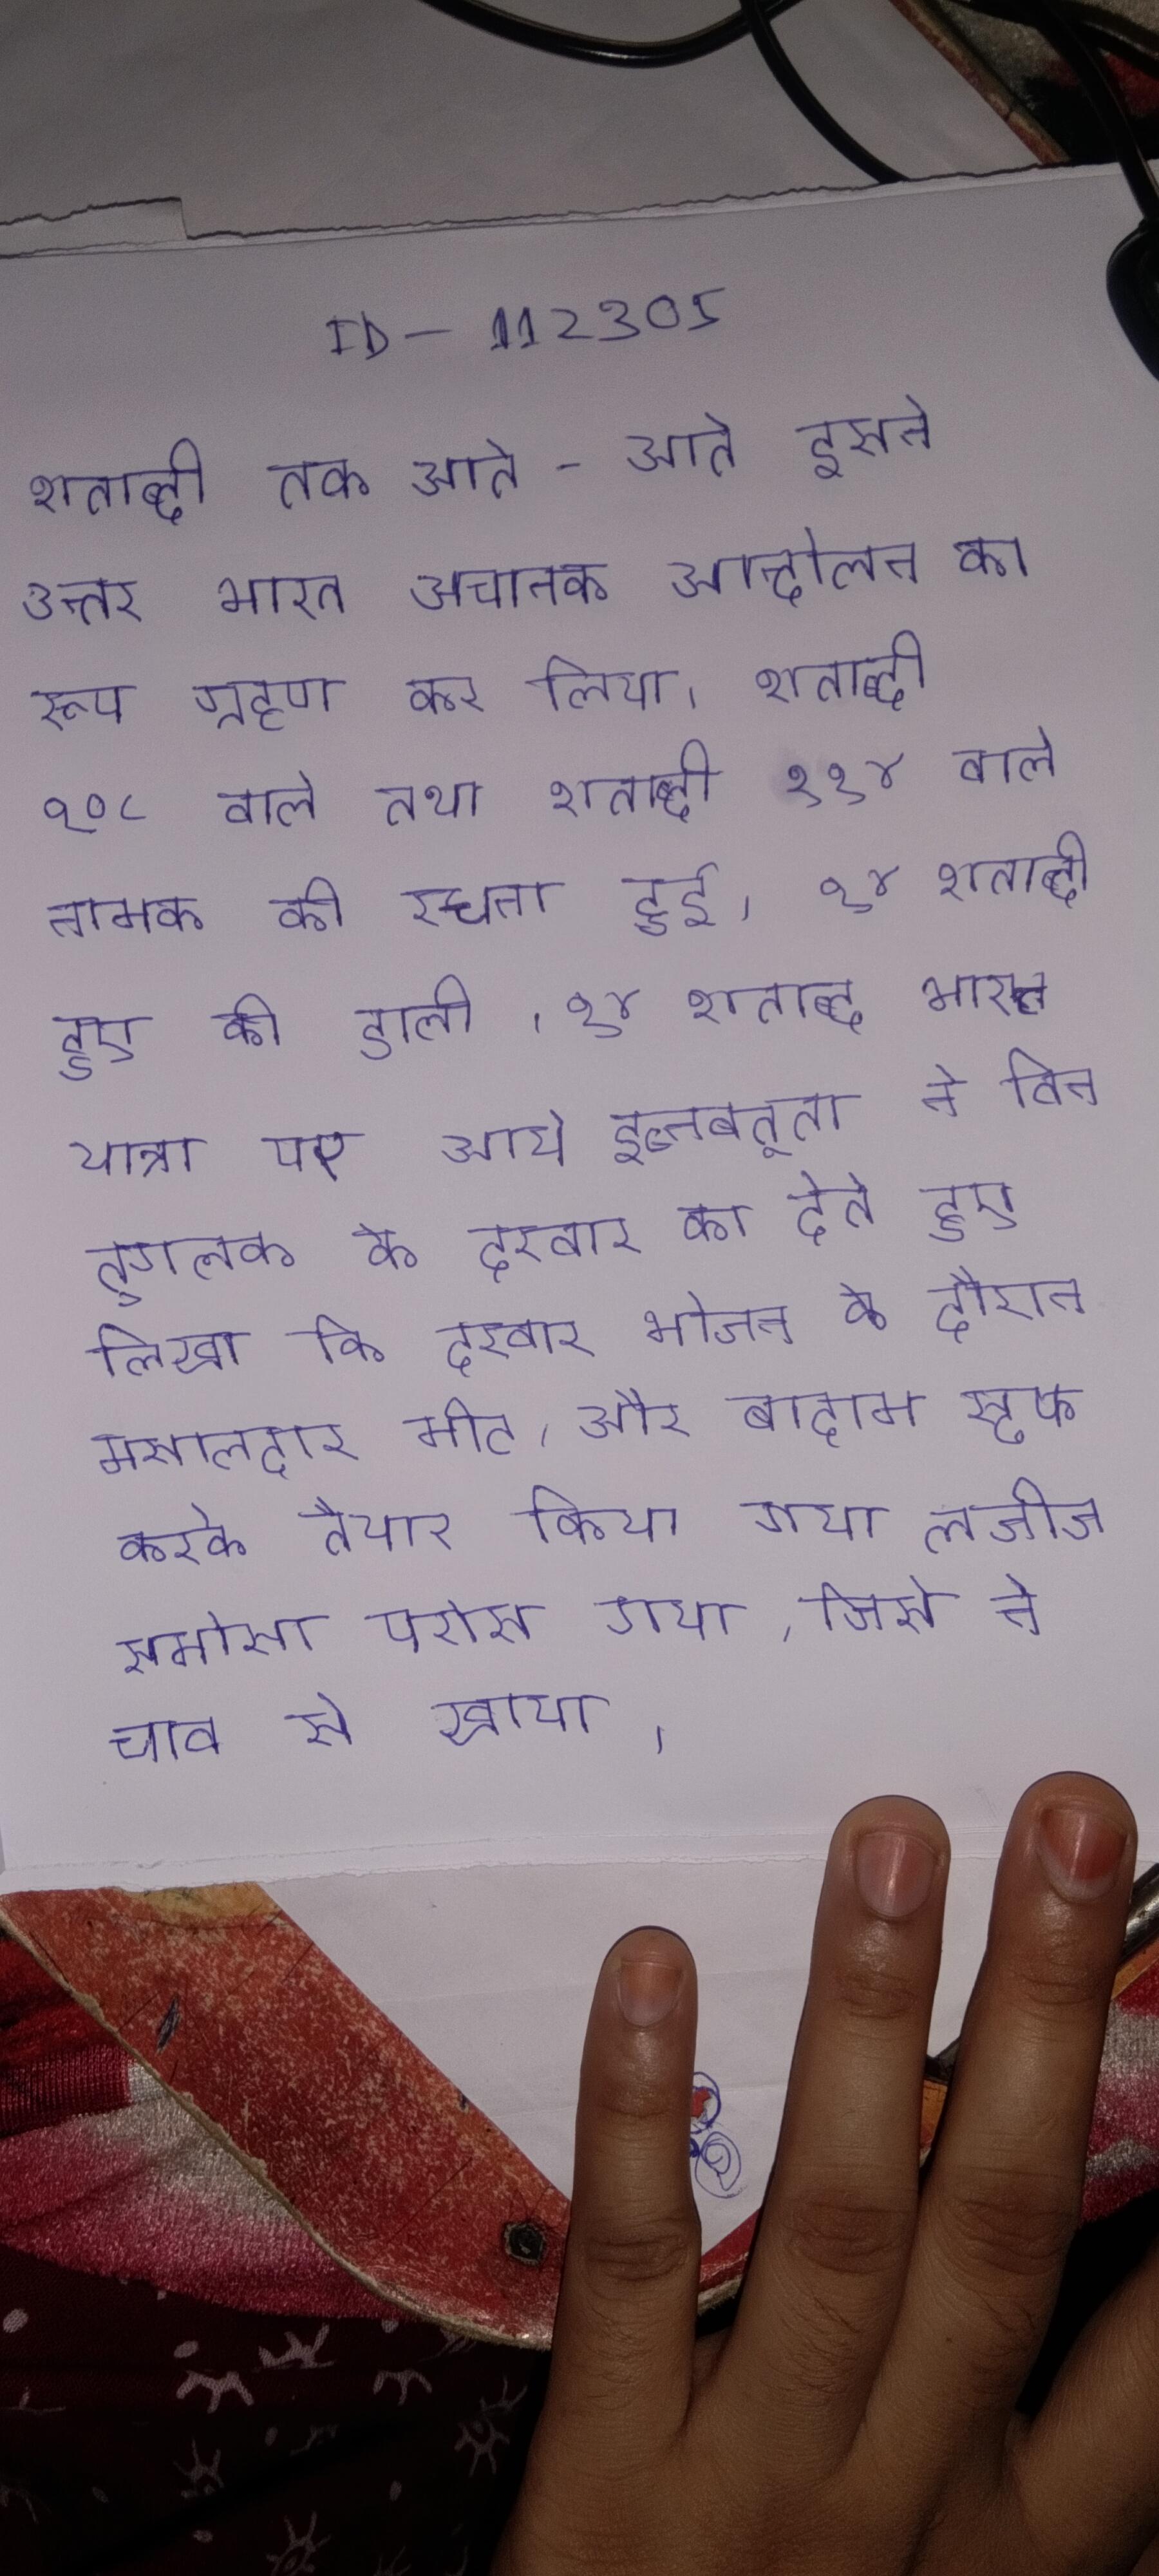
शताब्दी तक आते-आते इसने उत्तर भारत अचानक आन्दोलन का रूप ग्रहण कर लिया । शताब्दी १०८ वाले तथा शताब्दी २२४ वाले नामक की रचना हुई । १४ शताब्दी हुए की डाली । १४ शताब्दी भारत यात्रा पर आये इब्नबतूता ने बिन तुगलक के दरबार का देते हुए लिखा कि दरबार भोजन के दौरान मसालेदार मीट, और बादाम स्टफ करके तैयार किया गया लजीज समोसा परोसा गया, जिसे ने चाव से खाया ।